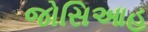
જોસિઆહ